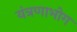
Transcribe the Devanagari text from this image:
यंत्रणाभोग